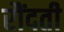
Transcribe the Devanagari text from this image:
रौंदती